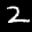
Label: 2